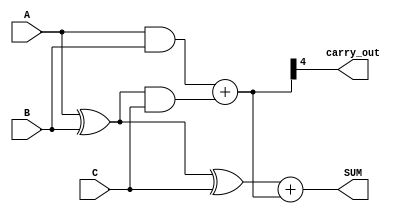
module RippleCarrySaveAdder #(parameter WIDTH = 4) (
    input  [WIDTH-1:0] A,  // First operand
    input  [WIDTH-1:0] B,  // Second operand
    input  [WIDTH-1:0] C,  // Third operand
    output [WIDTH:0] SUM,   // Final sum (WIDTH + 1 bits for carry)
    output carry_out        // Final carry out
);

// Carry Save Adder outputs
wire [WIDTH-1:0] sum1;
wire [WIDTH-1:0] carry1;

// Carry Save Adder Stage 1 (A + B)
assign sum1 = A ^ B;            // Sum output
assign carry1 = A & B;          // Carry output

// Carry Save Adder outputs with C
wire [WIDTH-1:0] sum2;
wire [WIDTH-1:0] carry2;

// Carry Save Adder Stage 2 (sum1 + C)
assign sum2 = sum1 ^ C;         // Sum output
assign carry2 = sum1 & C;       // Carry output

// Final carry and sum calculation using Ripple Carry Adder
wire [WIDTH:0] final_carry;
assign final_carry = {1'b0, carry1} + {1'b0, carry2}; // Add carries
assign SUM = sum2 + final_carry; // Final sum output
assign carry_out = final_carry[WIDTH]; // Final carry out

endmodule